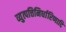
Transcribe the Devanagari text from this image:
व्युत्पत्तिनिर्धारिणादि